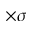
\times \sigma